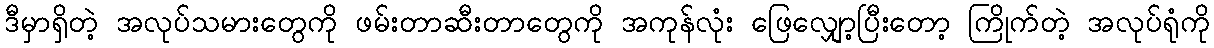
ဒီမှာရှိတဲ့ အလုပ်သမားတွေကို ဖမ်းတာဆီးတာတွေကို အကုန်လုံး ဖြေလျှော့ပြီးတော့ ကြိုက်တဲ့ အလုပ်ရုံကို